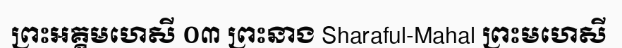
ព្រះអគ្គមហេសី ០៣ ព្រះនាង Sharaful-Mahal ព្រះមហេសី